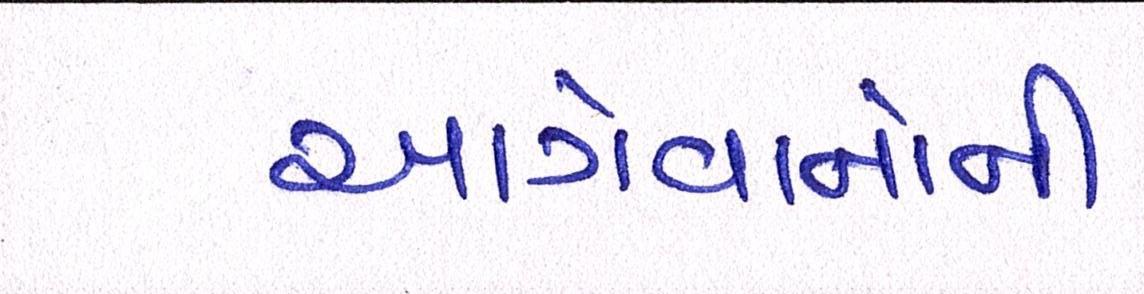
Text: આગેવાનોની